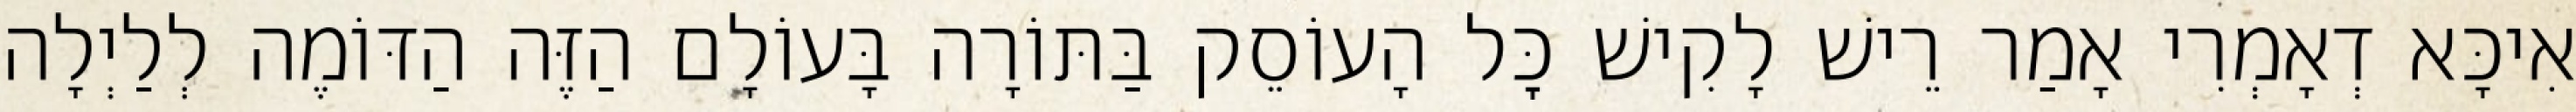
אִיכָּא דְאָמְרִי אָמַר רֵישׁ לָקִישׁ כׇּל הָעוֹסֵק בַּתּוֹרָה בָּעוֹלָם הַזֶּה הַדּוֹמֶה לְלַיְלָה